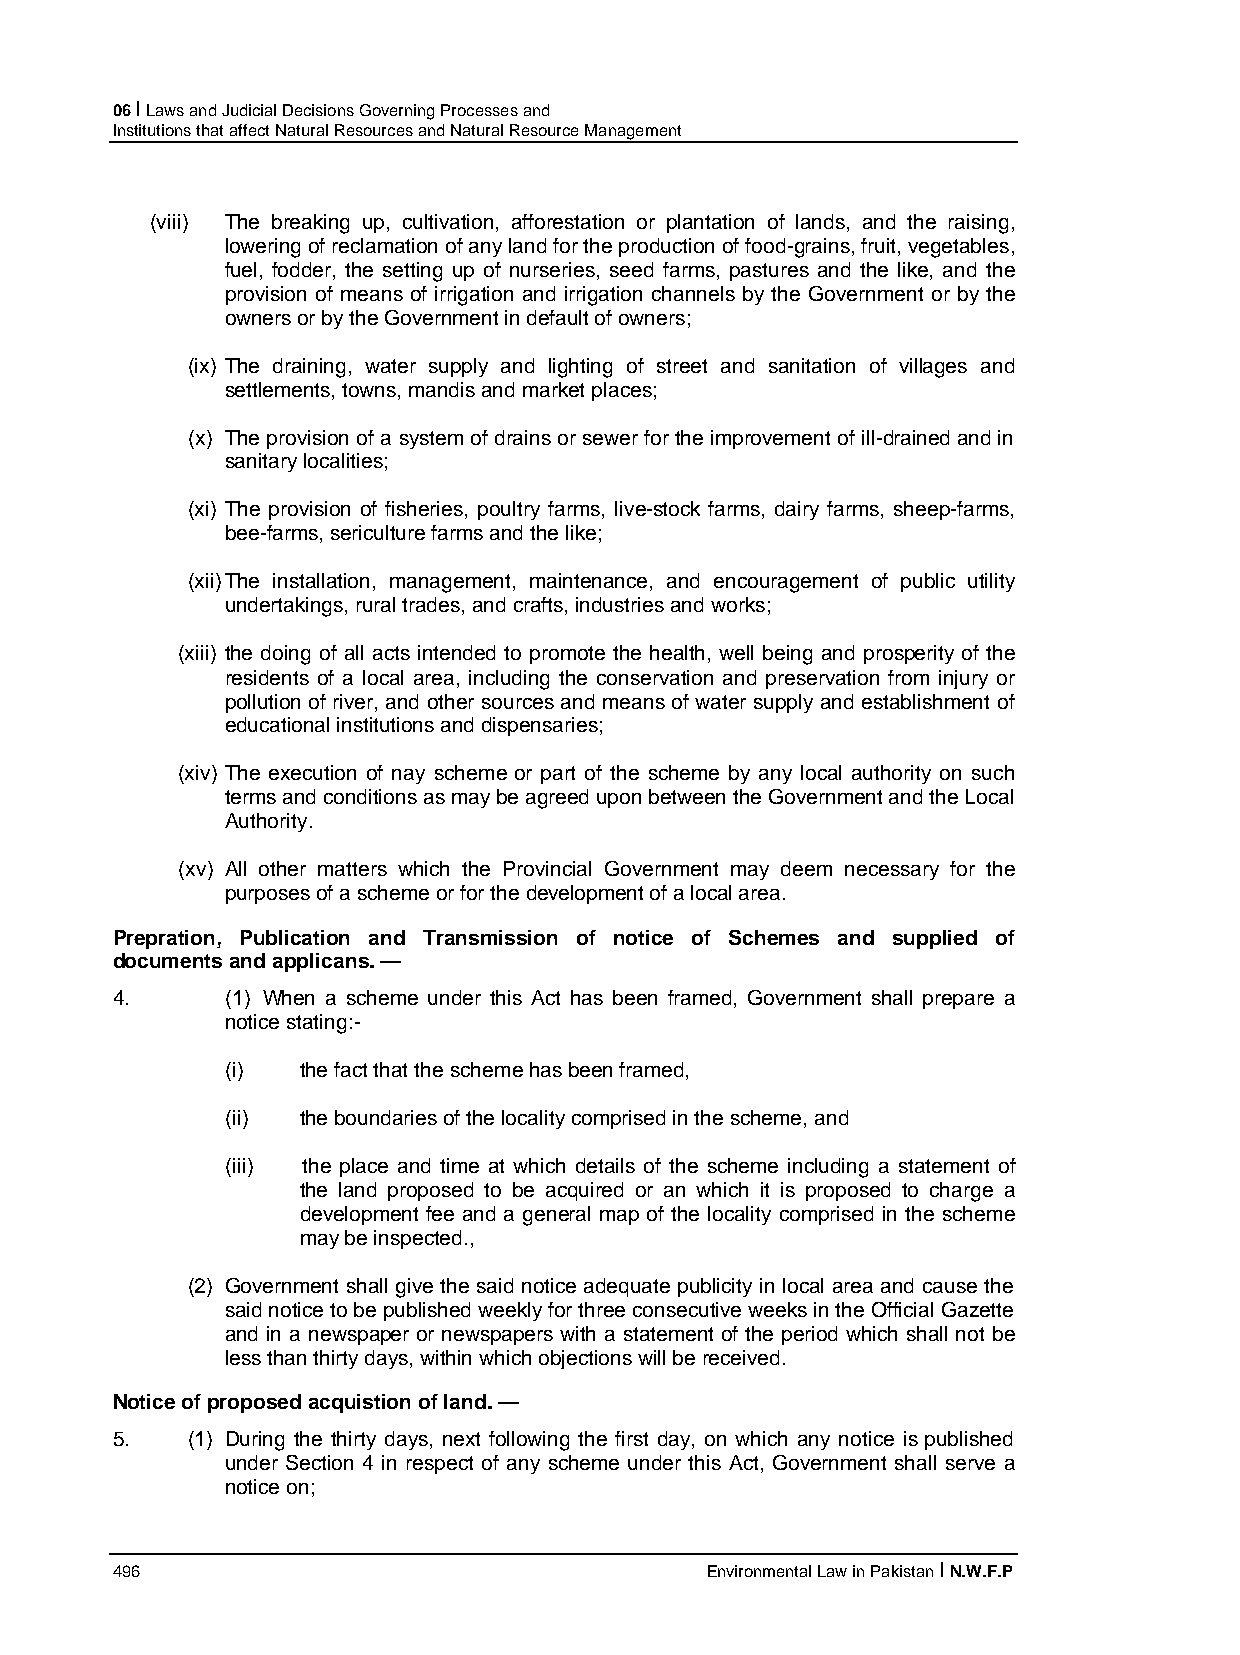
06 I Laws and Judicial Decisions Governing Processes and
 Institutions that affect Natural Resources and Natural Resource Management
 (viii) The breaking up, cultivation, afforestation or plantation of lands, and the raising,
 lowering of reclamation of any land for the production of food-grains, fruit, vegetables,
 fuel, fodder, the setting up of nurseries, seed farms, pastures and the like, and the
 provision of means of irrigation and irrigation channels by the Government or by the
 owners or by the Government in default of owners;
 (ix) The draining, water supply and lighting of street and sanitation of villages and
 settlements, towns, mandis and market places;
 (x) The provision of a system of drains or sewer for the improvement of ill-drained and in
 sanitary localities;
 (xi) The provision of fisheries, poultry farms, live-stock farms, dairy farms, sheep-farms,
 bee-farms, sericulture farms and the like;
 (xii) The installation, management, maintenance, and encouragement of public utility
 undertakings, rural trades, and crafts, industries and works;
 (xiii) the doing of all acts intended to promote the health, well being and prosperity of the
 residents of a local area, including the conservation and preservation from injury or
 pollution of river, and other sources and means of water supply and establishment of
 educational institutions and dispensaries;
 (xiv) The execution of nay scheme or part of the scheme by any local authority on such
 terms and conditions as may be agreed upon between the Government and the Local
 Authority.
 (xv) All other matters which the Provincial Government may deem necessary for the
 purposes of a scheme or for the development of a local area.
 Prepration, Publication and Transmission of notice of Schemes and supplied of
 documents and applicans. —
 4.      (1) When a scheme under this Act has been framed, Government shall prepare a
 notice stating:-
 (i)  the fact that the scheme has been framed,
 (ii) the boundaries of the locality comprised in the scheme, and
 (iii) the place and time at which details of the scheme including a statement of
 the land proposed to be acquired or an which it is proposed to charge a
 development fee and a general map of the locality comprised in the scheme
 may be inspected.,
 (2) Government shall give the said notice adequate publicity in local area and cause the
 said notice to be published weekly for three consecutive weeks in the Official Gazette
 and in a newspaper or newspapers with a statement of the period which shall not be
 less than thirty days, within which objections will be received.
 Notice of proposed acquistion of land. —
 5.   (1) During the thirty days, next following the first day, on which any notice is published
 under Section 4 in respect of any scheme under this Act, Government shall serve a
 notice on;
 496                                     Environmental Law in Pakistan I N.W.F.P